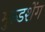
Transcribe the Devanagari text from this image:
मुरुडशेंग